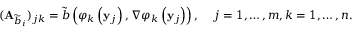
( \mathbf { A } _ { \widetilde { b } _ { i } } ) _ { j k } = \widetilde { b } \left( \varphi _ { k } \left( \mathbf { y } _ { j } \right) , \nabla \varphi _ { k } \left( \mathbf { y } _ { j } \right) \right) , \; \; \; \; j = 1 , \dots , m , k = 1 , \dots , n .